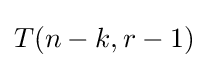
T(n-k,r-1)